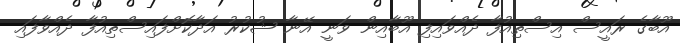
އޫބާގެ ރައީސް އިސްތިއުފާ ދެއްވައިފި އޫބާއިން ވަނީ އޭނާ ޝުކުރު އަދާކޮށްފައިސްތިއުފާ ދެއްވާފައި